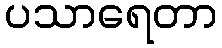
ပသာရေတာ